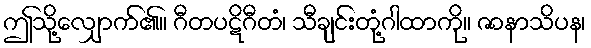
ဤသို့လျှောက်၏။ ဂီတပဋိဂီတံ၊ သီချင်းတုံ့ဂါထာကို။ ဇာနာသိပန၊